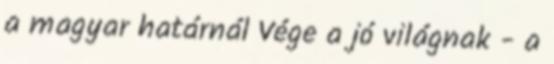
a magyar határnál Vége a jó világnak - a